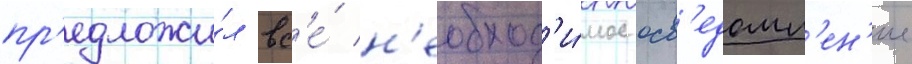
пр'едложи́л вс'е́ н'еобход'и́мое осв'едомл'ен'ие